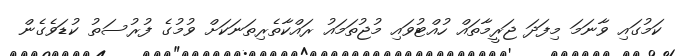
ކަމުގައި ވާނަމަ މިފަދަ ޖަރީމާތައް ހުއްޓުވައި މުޖުތަމައު ރައްކާތެރިތަނަކަށް ވުމުގެ ފުރުސަތު ކުޑަވެގެން